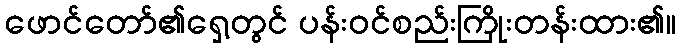
ဖောင်တော်၏ရှေ့တွင် ပန်းဝင်စည်းကြိုးတန်းထား၏။